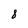
Character: 8